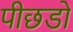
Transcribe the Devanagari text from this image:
पीछडो